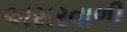
અસરવાળી